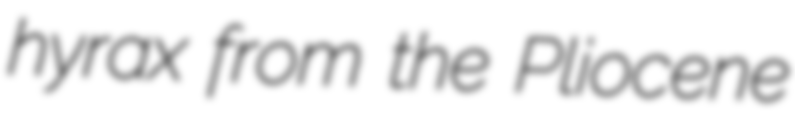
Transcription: hyrax from the Pliocene